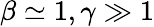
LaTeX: \beta\simeq 1,\gamma\gg 1